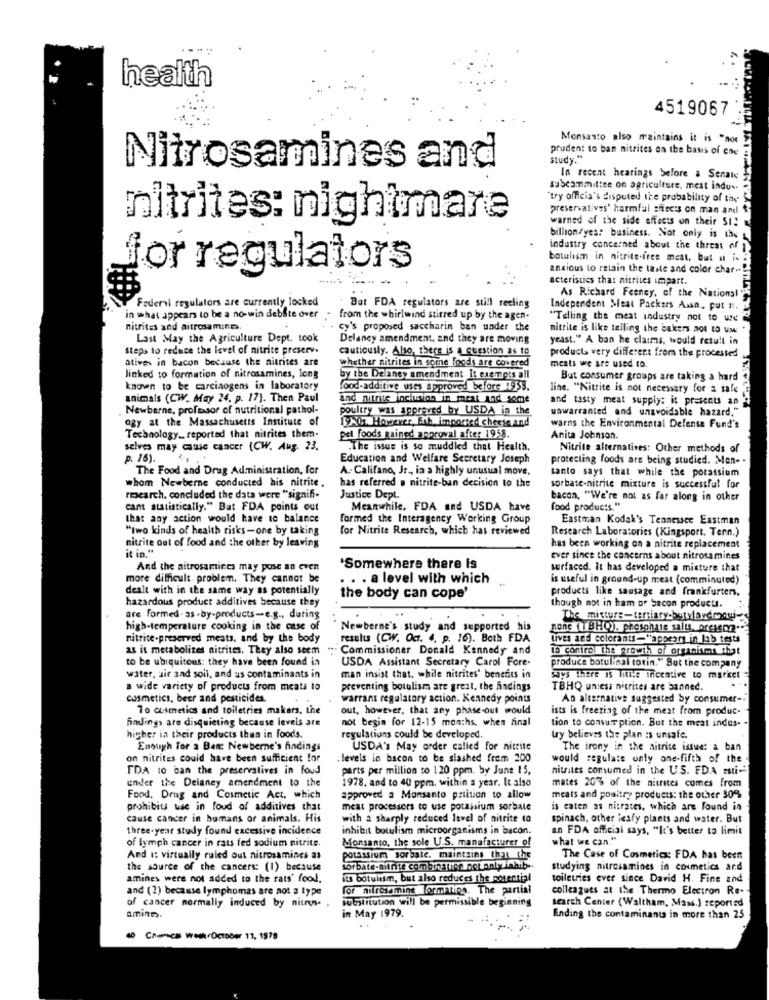
health
4519067
Monsanto also maintains it is "noe
pruden: to ban nitrites on the basis of ene
Study.
Nitrosamines and
In recent hearings before a Senate
subcommittee on agriculture, mest indu ..
"try officia's disputed the probability of the
preservatives' harmful sfects on man and
nitrites: nightmare
warned of the side effects on their SI2
billion/yes: business. Not only is the
industry concerned about the threat of
botulism in nitrite-ires mest, but a is
anxious to retain the taste and color char-
for regulators
acteristics that nitrites impart.
Federal regulators are currently locked
As Richard Feeney, of the National
But FDA regulators are still reeling
Independent Meat Packers Amin, put H.
in what appears to be a no-win debate over
from the whirlwind stirred up by the agen-
"Telling the meat industry not to use
nitrites and aitrosaminc.
cy's proposed saccharin ban under the
nitrite is like telling the bakers not to UM
Last May the Agriculture Dept. took
Delaney amendment, and they are moving
yeast." A ban he claims, would result in
Steps to reduce the level of nitrite preserv.
cautiously. Also, there is a question as to
atives in bacon because the nitrites are
whether nitrites in some foods are covered
product very different from the processed
meats we are used to
linked to formation of nitrosamines, long
by the Delaney amendment. It exempts all
But consumer groups are taking a hard
known to be carcinogens in laboratory
food-additive uses Joproved before 4933.
line. "Nitrite is not necessary for a sale
animals (CW, May 24. p. 17). Then Paul
and nitrite inclusion in meat And some
and tasty meat supply: it presents an
. Newberne, professor of nutritional pathol-
poultry was approved by USDA in the
unwarranted and unavoidable hazard."
ogy at the Massachusetts Institute of
19-07. However, foh. imported cheese and
warns the Environmental Defense Fund's
Technology_ reported that nitrites them-
pet foods gained approval after 1958.
Anita Johnson.
selves may cause cancer {CW. Aug. 23.
.The issue is so muddled that Health.
Nitrite alternatives: Other methods of
p. 16).
Education and Welfare Secretary Joseph
protecting foods are being studied. Men-
The Food and Drug Administration, for
A. Califano, Jr ., ia a highly unusual move,
santo says that while the potassium
whom Newberne conducted his nitrite.
has referred . nitrite-ban decision to the
sorbate-nitrite mixture is successful for
research, concluded the data were "signif-
Justice Dept.
bacon, "We're not as far along in other
cant statistically." But FDA points out
Meanwhile, FDA and USDA have
food products."
that any action would have to balance
formed the Interagency Working Group
Eastman Kodak's Tennessee Eastman
"two kinds of health risks-one by taking
for Nitrite Research, which has reviewed
Research Laboratories (Kingsport. Tenn.)
nitrite out of food and the other by leaving
it in."
has been working on a nitrite replacement
ever since the concerns about nitrosamines
And the nitrosamines may pose an even
`Somewhere there is
surfaced. It has developed a misture that
more difficult. problem. They cannot be
. . a level with which
is useful in ground-up meat (comminuted)
dealt with in the same way as potentially
products like sausage and frankfurten.
hazardous product additives because they
the body can cope'
though not in ham or Sacon products.
are formed - as -by-products-e.g ., during
high-temperature cooking in the case of
Newberne's study and supported his
none (TBHO)). phosphate salts, presem.
nitrite-preserved meats, and by the body
results (CW. Oct. 4, p. 16). Both FDA
lives and colorants-"appears in lab tests
as it metabolizes nitrites. They also seem
Commissioner Donald Kennedy and
to control the growth of organisms that
to be ubiquitous: they have been found in
USDA Assistant Secretary Carol Fore-
produce botulinal totin." Sot the company
water, air and soil, and us contaminants in
man insist that, while nitrites' benefits in
says there is little incentive to market =
a wide variety of products from meats to
preventing botulism are great, the hadings
TBHQ uniess nitrites are banned.
cosmetics, beer and pesticides.
warrant regulatory action. Kennedy points
An alternative suggested Sy consumer -. "
To cosmetics and toiletries makers, the
out, however, that any phase-out would
ists is freezing of the meat from produc-
findings are disquieting because levels are
not begin for 12-15 months. when final
tion to consur ption. But the meat indes- .
higher in their products thun in foods.
regulations could be developed.
try believes the plan :s unsafe.
Enough Tor a Ban: Newberne's findings
USDA's May order called for nitrite
The irony in the nitrite issue: a ban
on nitrites could have been sufficient for
levels in bacon to be siashed frem 200
would regulate only one-fifth of the
TDA to can the preservatives in food
parts per million to 120 ppm. by June 15,
nitrates consumed in the U.S. FDA sstic
under the Delaney amendment to the
1978, and to 40 ppm. within a year. It also
mates 20% of the nitrites comes from
Food, Drug and Cosmetic Act, which
approved a Monsanto petition to allow
meats and poultry products: the other 30%
prohibits use in loud of additives that
meat processors to use potassium sorbate
is caten as nitrates, which are Found in
cause cancer in humans or animals. His
with a sharply reduced Isvel of nitrite to
spinach, other iesfy plants and water. But
three-year study found excessive incidence
inhibit botulism microorganisms in bacon.
an FDA official says, "It's better to limit
of lymph cancer in rats fed sodium nitrite.
what we can."
Monsanto, the sole U.S. manufacturer of
And is virtually ruled out nitrosamines as
potassium sor bate. maintains that the
The Case of Cosmetics: FDA has been
the source of the cancers: (1) because
sor bate-nitrite combination not only inhis -.
studying nitresamines in cosmetics and
amines were not added to the rats' food.
its botulism, but also reduces the potential
toiletries ever since David H. Fine and
and (2) because lymphomas are not a type
for nitrosamint formation. The partial
colleagues at the Thermo Electron Re.
of cancer normally induced by nitrus.
substitution will be permissible beginning
search Center (Waltham, Mass.) reported
amine.
in May 1979.
Ending the contaminants in more than 25
40 Chemical week October 17, 1979